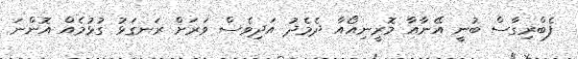
ފެބްރިގާސް ބުނީ އޭނާއާ މޮރީނިއޯއާ ދެމެދު އަދިވެސް ވަރަށް ރަނގަޅު ގުޅުމެއް އޮންނަ